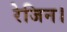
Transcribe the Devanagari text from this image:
रेजिन।